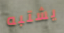
يشتبه